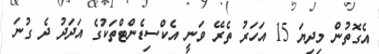
އެގޮތުން މިދިޔަ 15 އަހަރު ތެރޭ ވަނީ އެކްސިޑެންޓްތަކުގެ އަދަދު ދެ ގުނަ